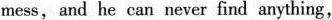
mess, and he can never find anything,